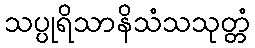
သပ္ပုရိသာနိသံသသုတ္တံ